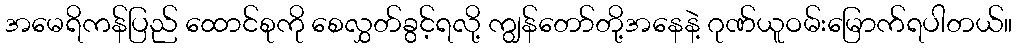
အမေရိကန်ပြည် ထောင်စုကို စေလွှတ်ခွင့်ရလို့ ကျွန်တော်တို့အနေနဲ့ ဂုဏ်ယူဝမ်းမြောက်ရပါတယ်။